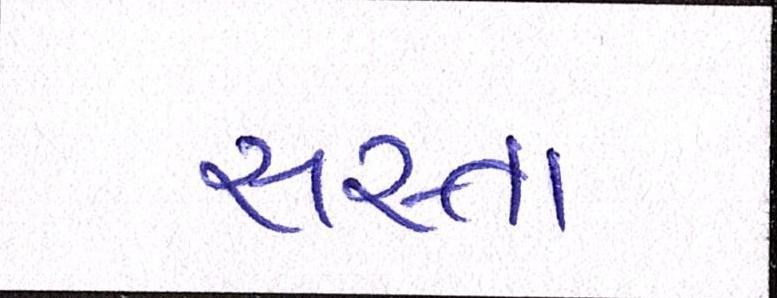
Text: સસ્તા